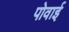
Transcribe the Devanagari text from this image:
पोवाई